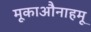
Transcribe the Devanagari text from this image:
मूकाऔनाहमू